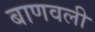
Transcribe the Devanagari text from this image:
बाणवली